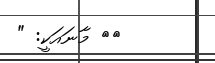
١٩ މާނައަކީ: "